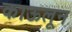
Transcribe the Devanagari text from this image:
काऊलून